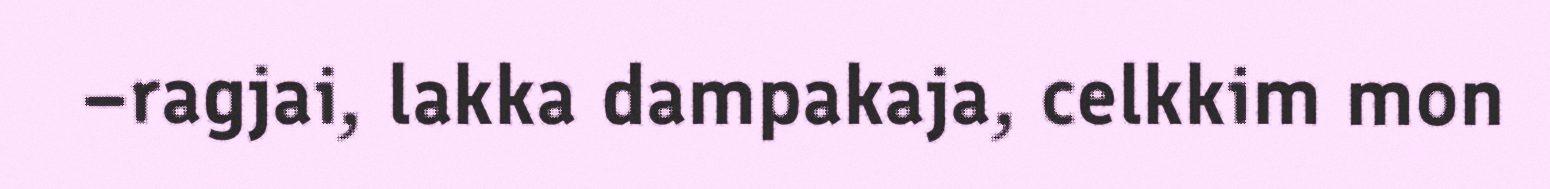
–ragjai, lakka dampakaja, celkkim mon